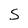
Character: S